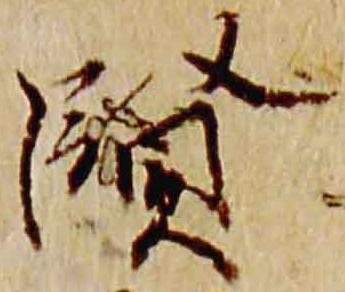
賢